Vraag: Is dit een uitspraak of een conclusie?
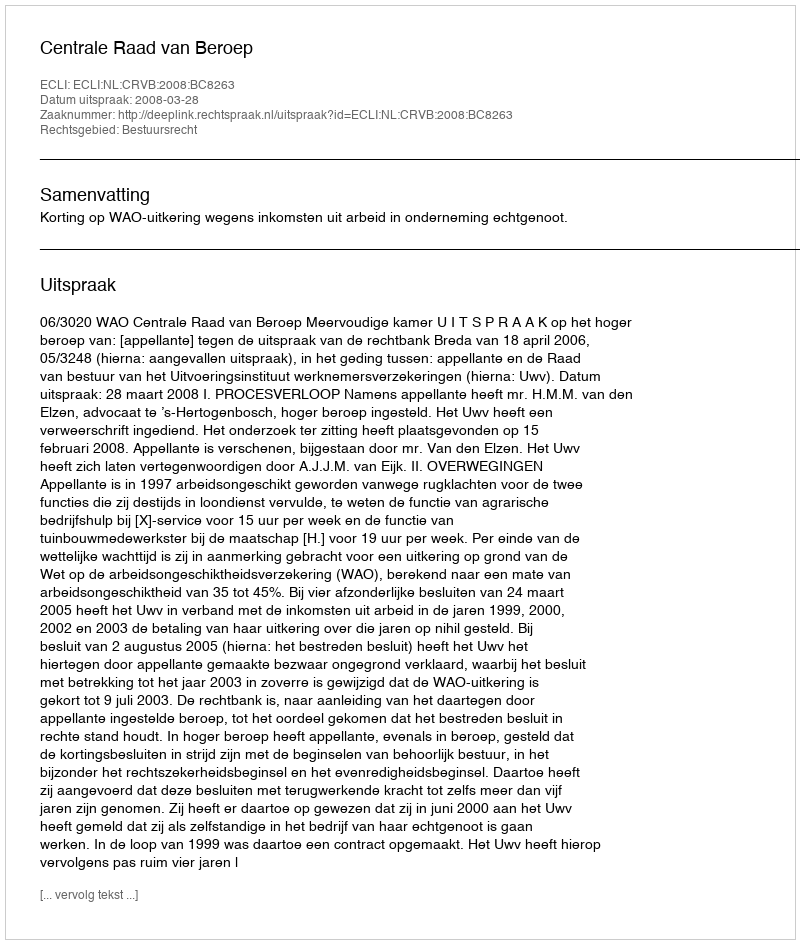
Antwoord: Uitspraak